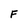
Character: F